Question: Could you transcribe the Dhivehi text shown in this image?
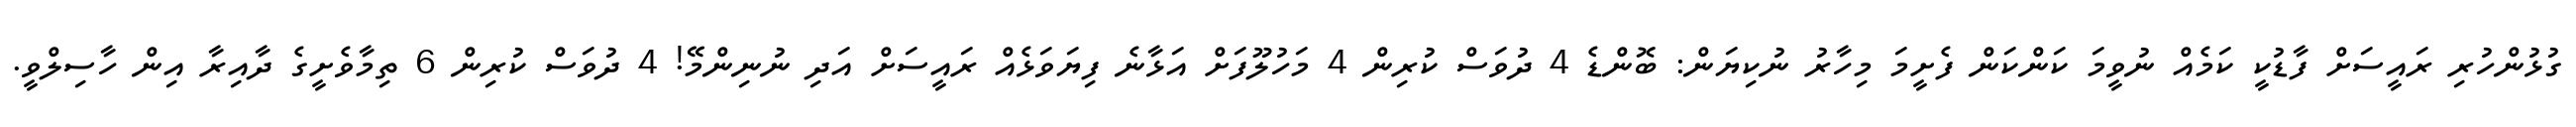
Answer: ގުޅުންހުރި ރައީސަށް ފާޑުކީ ކަމެއް ނުވީމަ ކަންކަން ފެށީމަ މިހާރު ނުކިޔަން: ބޮންޑެ 4 ދުވަސް ކުރިން 4 މަހުލޫފަށް އަޅާނެ ފިޔަވަޅެއް ރައީސަށް އަދި ނުނިންމޭ! 4 ދުވަސް ކުރިން 6 ތިމާވެށީގެ ދާއިރާ އިން ހާސިލްވީ.